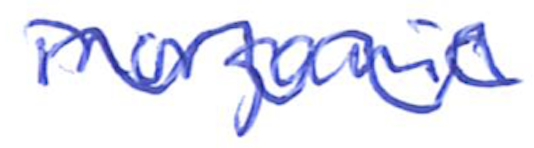
Text: inorganic
Cross-out: wave
Writing tool: ballpoint